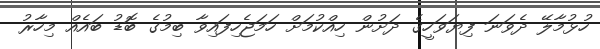
ހުޅުމާލޭ ދެވަނަ ފިޔަވަހީގެ ދަށުން ހިއްކުމަށް ހަމަޖެހިފައިވާ ބިމުގެ ބޮޑު ބައެއް މިހާރު